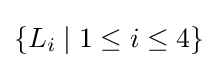
{\textstyle \{L_{i}\mid 1\leq i\leq 4\}}